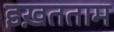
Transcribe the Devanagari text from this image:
इख़तताम